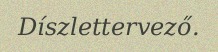
Díszlettervező.